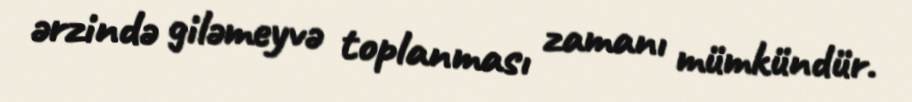
ərzində giləmeyvə toplanması zamanı mümkündür.